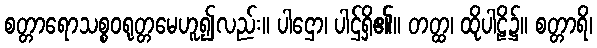
စတ္တာရောသစ္စဝရုတ္တမေဟူ၍လည်း။ ပါဌော၊ ပါဌ်ရှိ၏။ တတ္ထ၊ ထိုပါဠိ၌။ စတ္တာရိ၊